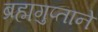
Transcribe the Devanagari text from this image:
ब्रह्मगुप्ताने